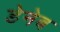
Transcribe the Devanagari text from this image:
डेनेब